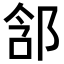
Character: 𨛣